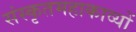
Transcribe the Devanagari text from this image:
संस्कृतमहाकाव्यों